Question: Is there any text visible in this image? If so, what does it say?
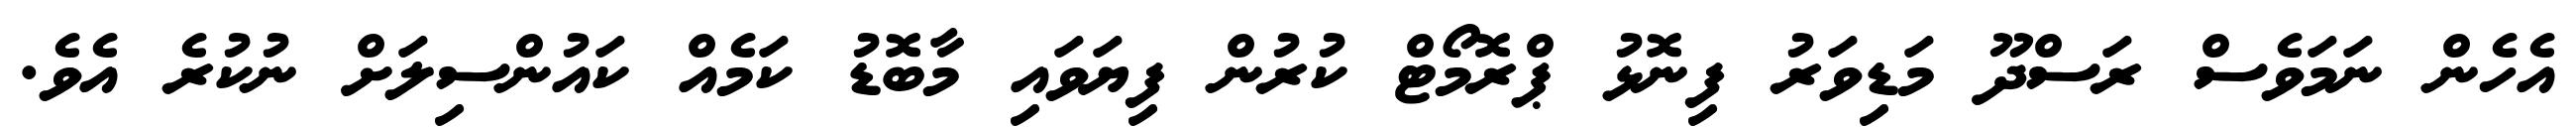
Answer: އެހެން ނަމަވެސް ރަސްދޫ މަޑިވަރު ފިނޮޅު ޕްރޮމޯޓް ކުރުން ފިޔަވައި މާބޮޑު ކަމެއް ކައުންސިލަށް ނުކުރެ އެވެ.